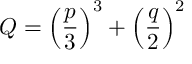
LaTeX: Q = \left( \frac { p } { 3 } \right) ^ { 3 } + \left( \frac { q } { 2 } \right) ^ { 2 }